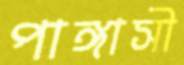
পাঙ্গাসী